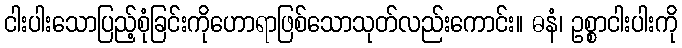
ငါးပါးသောပြည့်စုံခြင်းကိုဟောရာဖြစ်သောသုတ်လည်းကောင်း။ ဓနံ၊ ဥစ္စာငါးပါးကို